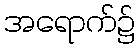
အရောက်၌